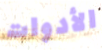
الأدوات